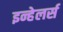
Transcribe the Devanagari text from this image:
इन्हेलर्स